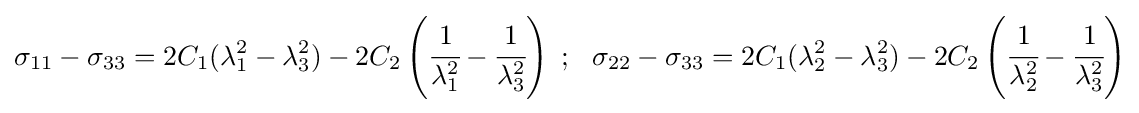
\sigma _{11}-\sigma _{33}=2C_{1}(\lambda _{1}^{2}-\lambda _{3}^{2})-2C_{2}\left({\cfrac {1}{\lambda _{1}^{2}}}-{\cfrac {1}{\lambda _{3}^{2}}}\right)~;~~\sigma _{22}-\sigma _{33}=2C_{1}(\lambda _{2}^{2}-\lambda _{3}^{2})-2C_{2}\left({\cfrac {1}{\lambda _{2}^{2}}}-{\cfrac {1}{\lambda _{3}^{2}}}\right)